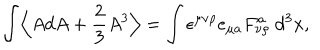
LaTeX: \int \Bigl \langle A d A + \frac { 2 } { 3 } A ^ { 3 } \Bigr \rangle = \int \epsilon ^ { \mu \nu \rho } e _ { \mu a } F _ { \nu \rho } ^ { a } ~ d ^ { 3 } x ,